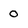
Character: 0